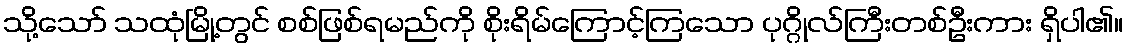
သို့သော် သထုံမြို့တွင် စစ်ဖြစ်ရမည်ကို စိုးရိမ်ကြောင့်ကြသော ပုဂ္ဂိုလ်ကြီးတစ်ဦးကား ရှိပါ၏။